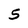
Character: 5